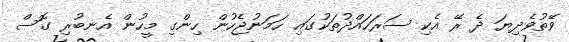
ވޭތުވެދިޔަ ދެ ރޭ އެކި ސަރަހައްދުތަކުގައި ހަމަނުޖެހުން ހިންގި މީހުން އެނބުރި ގޮސް